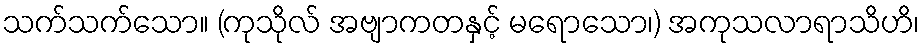
သက်သက်သော။ (ကုသိုလ် အဗျာကတနှင့် မရောသော၊) အကုသလာရာသိဟိ၊